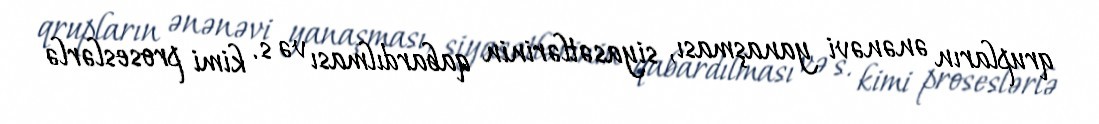
qrupların ənənəvi yanaşması, siyasətlərinin qabardılması və s. kimi proseslərlə